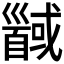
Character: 𱄍